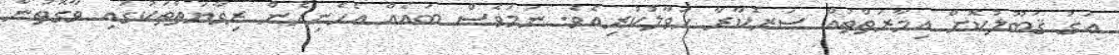
އަގު ޤަބޫލުކޮށް އިމާރަތްތައް ސަރުކާރާ ޙަވާލުކުރިއެވެ. ނަމަވެސް ބައެއް އެހެނިހެން ރިވާޔަތްތަކުގައި ވާގޮތުން